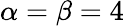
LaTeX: \alpha=\beta=4